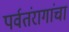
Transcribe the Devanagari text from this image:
पर्वतंरागांचा